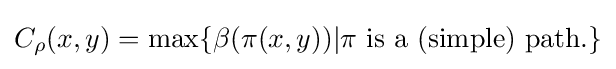
C_{\rho }(x,y)=\max\{\beta (\pi (x,y))|\pi {\text{ is a (simple) path}}.\}